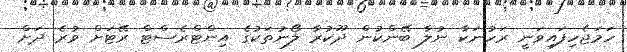
ހަމަޖެހިފައިވަނީ ރަހުނަކާ ނުލާ ބޭންކުން ދޫކުރާ ލޯނުތަކުގެ އިންޓްރެސްޓް ރޭޓަށް ވުރެ ދަށް